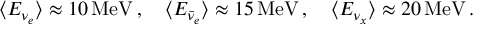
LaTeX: \langle E _ { \nu _ { e } } \rangle \approx 1 0 \, \mathrm { M e V } \, , \quad \langle E _ { \bar { \nu } _ { e } } \rangle \approx 1 5 \, \mathrm { M e V } \, , \quad \langle E _ { \nu _ { x } } \rangle \approx 2 0 \, \mathrm { M e V } \, .